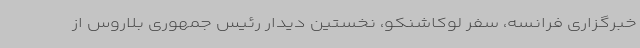
خبرگزاری فرانسه، سفر لوکاشنکو، نخستین دیدار رئیس جمهوری بلاروس از